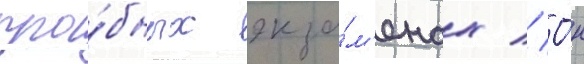
про́бных экза́м'енах // О́н